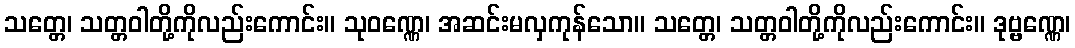
သတ္တေ၊ သတ္တဝါတို့ကိုလည်းကောင်း။ သုဝဏ္ဏေ၊ အဆင်းမလှကုန်သော။ သတ္တေ၊ သတ္တဝါတို့ကိုလည်းကောင်း။ ဒုဗ္ဗဏ္ဏေ၊